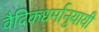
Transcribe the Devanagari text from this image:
वैदिकधर्मानुयायी